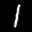
Label: 1